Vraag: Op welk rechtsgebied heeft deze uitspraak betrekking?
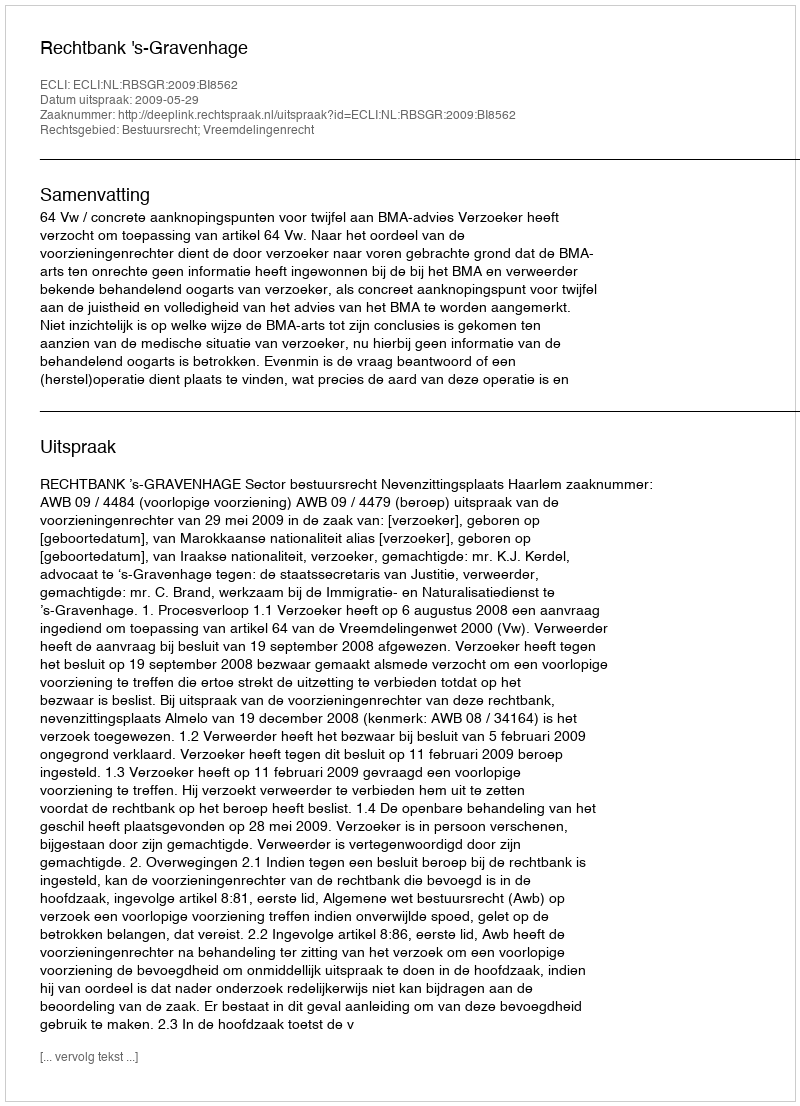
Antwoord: Bestuursrecht; Vreemdelingenrecht